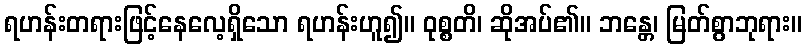
ရဟန်းတရားဖြင့်နေလေ့ရှိသော ရဟန်းဟူ၍။ ဝုစ္စတိ၊ ဆိုအပ်၏။ ဘန္တေ၊ မြတ်စွာဘုရား။